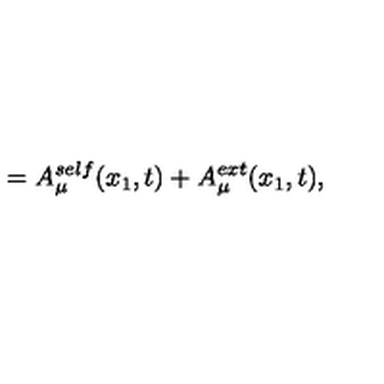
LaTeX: = A _ { \mu } ^ { s e l f } ( x _ { 1 } , t ) + A _ { \mu } ^ { e x t } ( x _ { 1 } , t ) ,